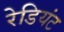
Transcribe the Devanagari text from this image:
रेडियंट